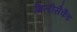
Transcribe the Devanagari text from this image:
मिलीसैकैंड